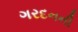
ગરદનની